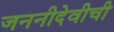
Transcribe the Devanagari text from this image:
जननीदेवीची